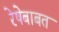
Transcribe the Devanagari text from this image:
रेषेबाबत